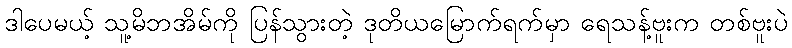
ဒါပေမယ့် သူ့မိဘအိမ်ကို ပြန်သွားတဲ့ ဒုတိယမြောက်ရက်မှာ ရေသန့်ဗူးက တစ်ဗူးပဲ